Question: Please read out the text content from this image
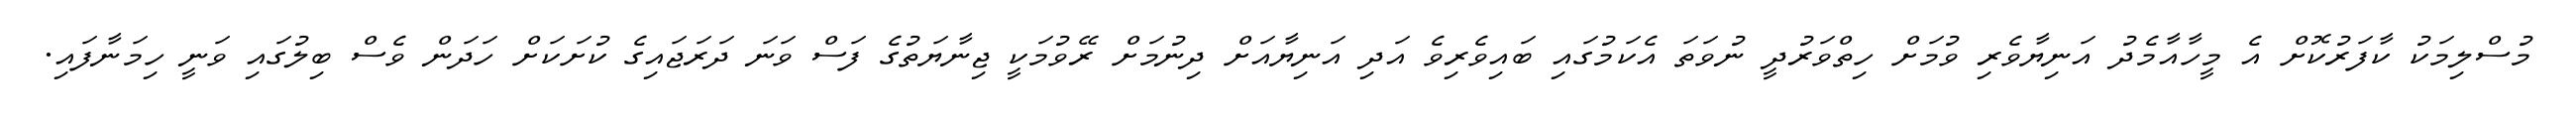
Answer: މުސްލިމަކު ކާފަރުކޮށް އެ މީހާއާމެދު އަނިޔާވެރި ވުމަށް ހިތްވަރުދީ ނުވަތަ އެކަމުގައި ބައިވެރިވެ އަދި އަނިޔާއަށް ދިނުމަށް ރޭވުމަކީ ޖިނާޔަތުގެ ފަސް ވަނަ ދަރަޖައިގެ ކުށަކަށް ހަދަން ވެސް ބިލުގައި ވަނީ ހިމަނާފައި.